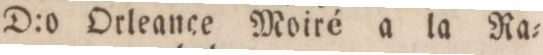
” ” D:o Orleance Moiré a la Ra=